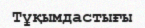
Тұқымдастығы